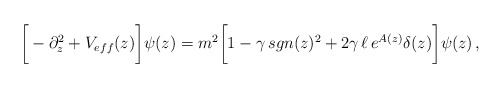
\begin{align*}\bigg[- \partial_z^2+ V_{eff}(z)\bigg]\psi(z)= m^2\bigg[1-\gamma\,sgn(z)^2+2\gamma\,\ell\,e^{A(z)}\delta(z)\bigg]\psi(z)\,,\end{align*}